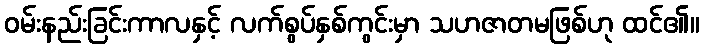
ဝမ်းနည်းခြင်းကာလနှင့် လက်စွပ်နှစ်ကွင်းမှာ သဟဇာတမဖြစ်ဟု ထင်၏။